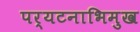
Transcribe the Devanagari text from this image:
पर्यटनाभिमुख